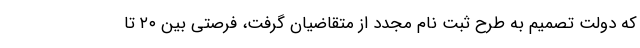
که دولت تصمیم به طرح ثبت نام مجدد از متقاضیان گرفت، فرصتی بین ۲۰ تا